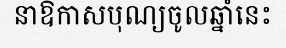
នាឱកាសបុណ្យចូលឆ្នាំនេះ